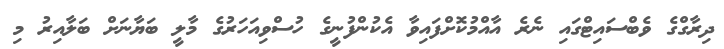
ދިރާގްގެ ވެބްސައިޓްގައި ނެރެ އާއްމުކޮށްފައިވާ އެކުންފުނީގެ ހުސްވިއަހަރުގެ މާލީ ބަޔާނަށް ބަލާއިރު މި